Senior Leaving Certificate Examination (including Day School Certificate (Higher) General paper), 1949
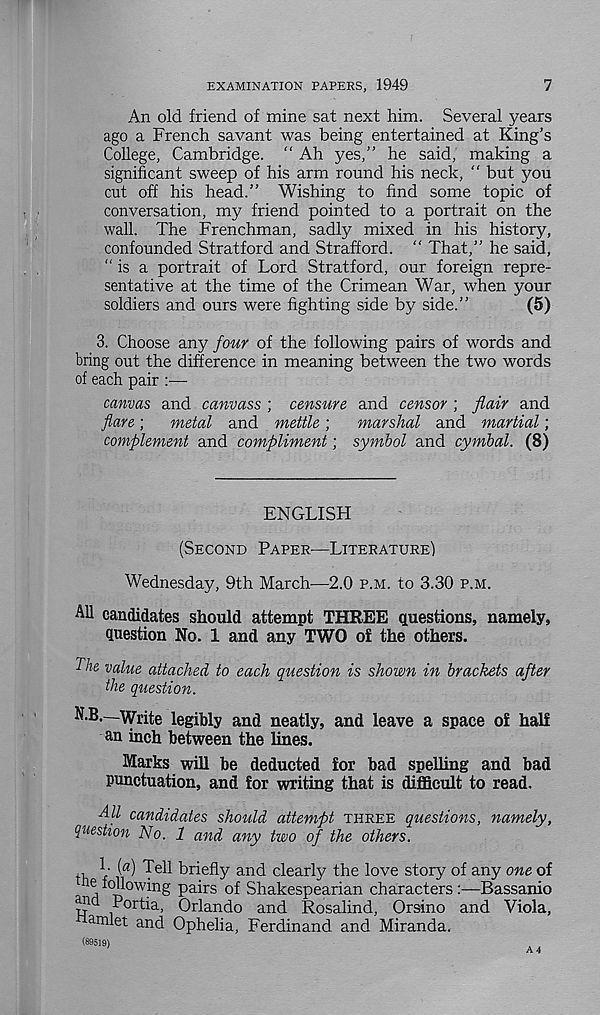
EXAMINATION PAPERS, 1949
7
An old friend of mine sat next him. Several years
ago a French savant was being entertained at King’s
College, Cambridge. “ Ah yes,” he said, making a
significant sweep of his arm round his neck, " but you
cut off his head.” Wishing to find some topic of
conversation, my friend pointed to a portrait on the
wall. The Frenchman, sadly mixed in his history,
confounded Stratford and Strafford. “ That,” he said,
“ is a portrait of Lord Stratford, our foreign repre-
sentative at the time of the Crimean War, when your
soldiers and ours were fighting side by side.”
(5)
3. Choose any four of the following pairs of words and
bring out the difference in meaning between the two words
of each pair :—
canvas and canvass ; censure and censor ; flair and
flare;
metal and mettle;
marshal and martial;
complement and compliment; symbol and cymbal. (8)
ENGLISH
(SECOND PAPER—LITERATURE)
Wednesday, 9th March—2.0 P.M. to 3.30 P.M.
AH candidates should attempt THREE Questions, namely,
Question No. 1 and any TWO of the others.
The value attached to each question is shown in brackets after
the question.
N.B.—Write legibly and neatly, and leave a space of half
an inch between the lines.
Marks will be deducted for bad spelling and bad
punctuation, and for writing that is difficult to read.
AH candidates should attempt THREE questions, namely,
question No. 1 and any two of the others.
tv, V
Tel1 briefly and clearly the love story of any one of
he following pairs of Shakespearian characters :—Bassanio
T!
1C
Portia, Orlando and Rosalind, Orsino and Viola,
arn et and Ophelia, Ferdinand and Miranda.